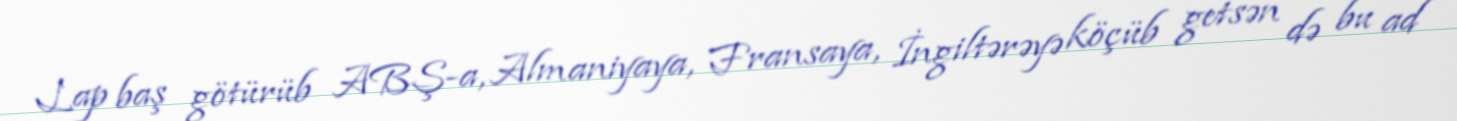
Lap baş götürüb ABŞ-a, Almaniyaya, Fransaya, İngiltərəyə köçüb getsən də bu ad